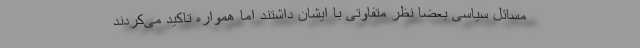
مسائل سیاسی بعضا نظر متفاوتی با ایشان داشتند اما همواره تاکید می‌کردند